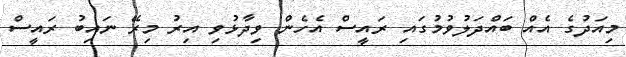
މިއަދުގެ އެއް ބައްދަލުވުމުގައި ރައީސް އެހެން ވިދާޅުވި އިރު މިރޭ ނައިބު ރައީސް